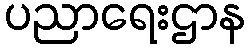
ပညာရေးဌာန